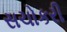
સચોકરી